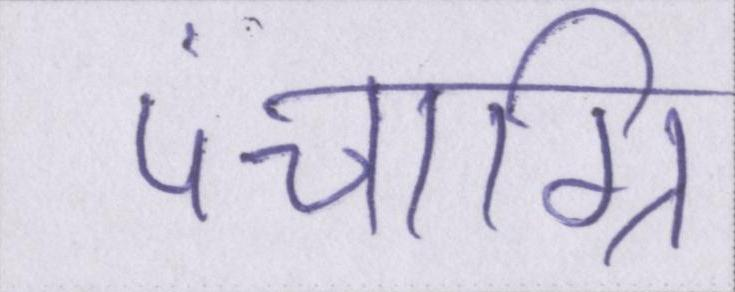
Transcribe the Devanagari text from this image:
पंचाग्नि